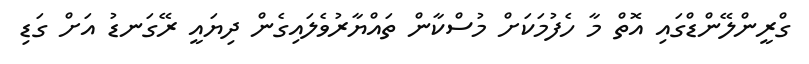
ގްރީންލޭންޑްގައި އޮތް މާ ހެފުމަކަށް މުސްކާން ތައްޔާރުވެލައިގެން ދިޔައީ ރޭގަނޑު އަށް ގަޑި